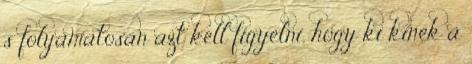
s folyamatosan azt kell figyelni, hogy ki kinek a